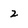
Character: 2